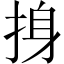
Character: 㧶